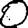
Digit: 0